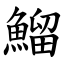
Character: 鰡